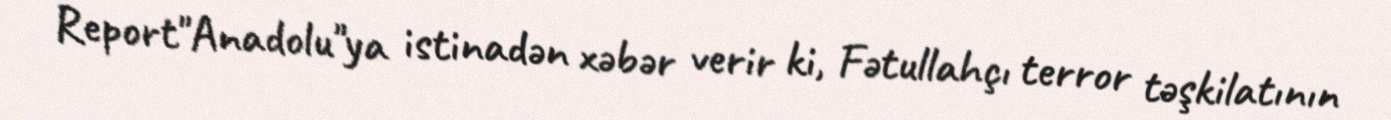
Report"Anadolu"ya istinadən xəbər verir ki, Fətullahçı terror təşkilatının